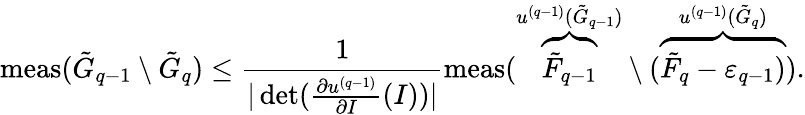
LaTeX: \mathrm{meas}(\tilde{G}_{q-1}\setminus\tilde{G}_{q})\leq\frac{1}{|\operatorname*{det}(\frac{\partial u^{(q-1)}}{\partial I}(I))|}\mathrm{meas}(\overbrace{\tilde{F}_{q-1}}^{u^{(q-1)}(\tilde{G}_{q-1})}\setminus(\overbrace{\tilde{F}_{q}-\varepsilon_{q-1})}^{u^{(q-1)}(\tilde{G}_{q})}).